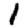
Digit: 1